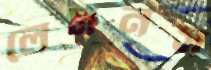
লেসনস